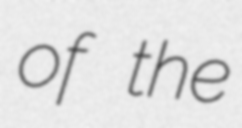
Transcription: of the